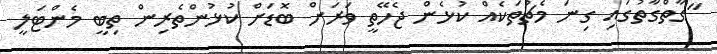
"ގާތްގާތުގައި ގިނަ މެޗުތަކެއް ކުޅެން ޖެހޭތީ ވަރަށް ބޮޑަށް ކުޅުންތެރިން ތިބީ މެންޓަލީ